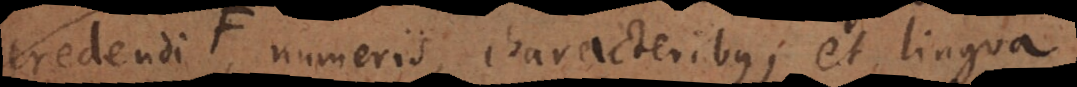
credendi F, numeris characteribusque; et lingua